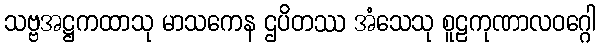
သဗ္ဗအဋ္ဌကထာသု မာသကေန ဌပိတဿ အံသေသု စူဠကုဏာလဝဂ္ဂေါ